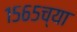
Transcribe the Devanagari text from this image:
१५६५च्या